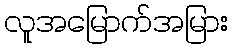
လူအမြောက်အမြား